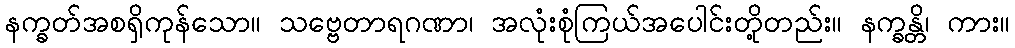
နက္ခတ်အစရှိကုန်သော။ သဗ္ဗေတာရဂဏာ၊ အလုံးစုံကြယ်အပေါင်းတို့တည်း။ နက္ခန္တိ၊ ကား။